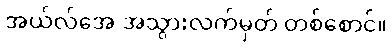
အယ်လ်အေ အသွားလက်မှတ် တစ်စောင်။